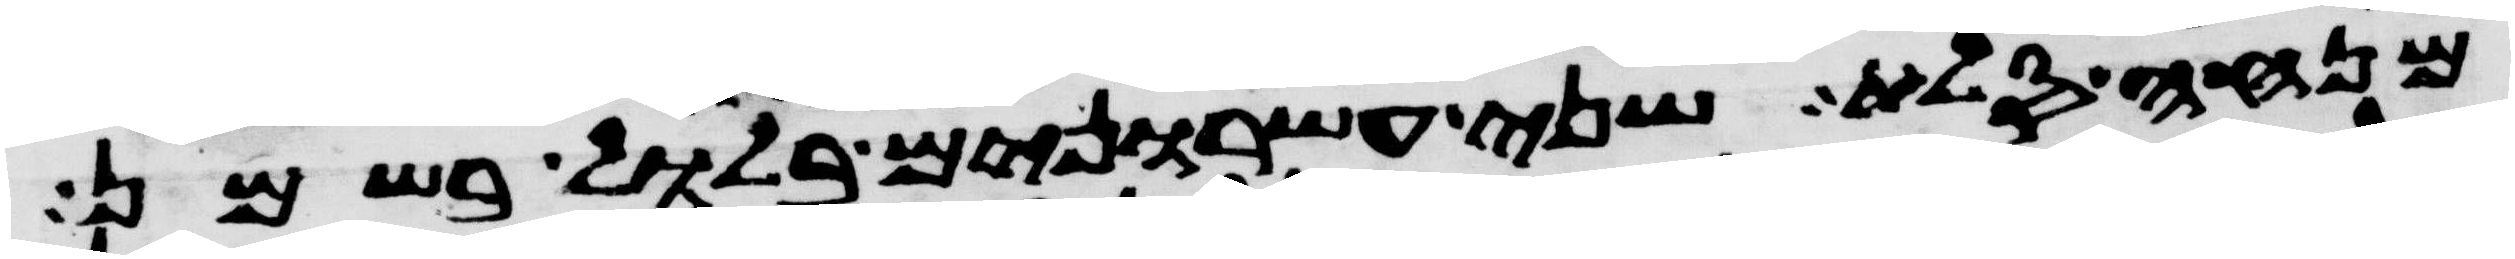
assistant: מנחה סלת שני עשרנים בלול בשמן